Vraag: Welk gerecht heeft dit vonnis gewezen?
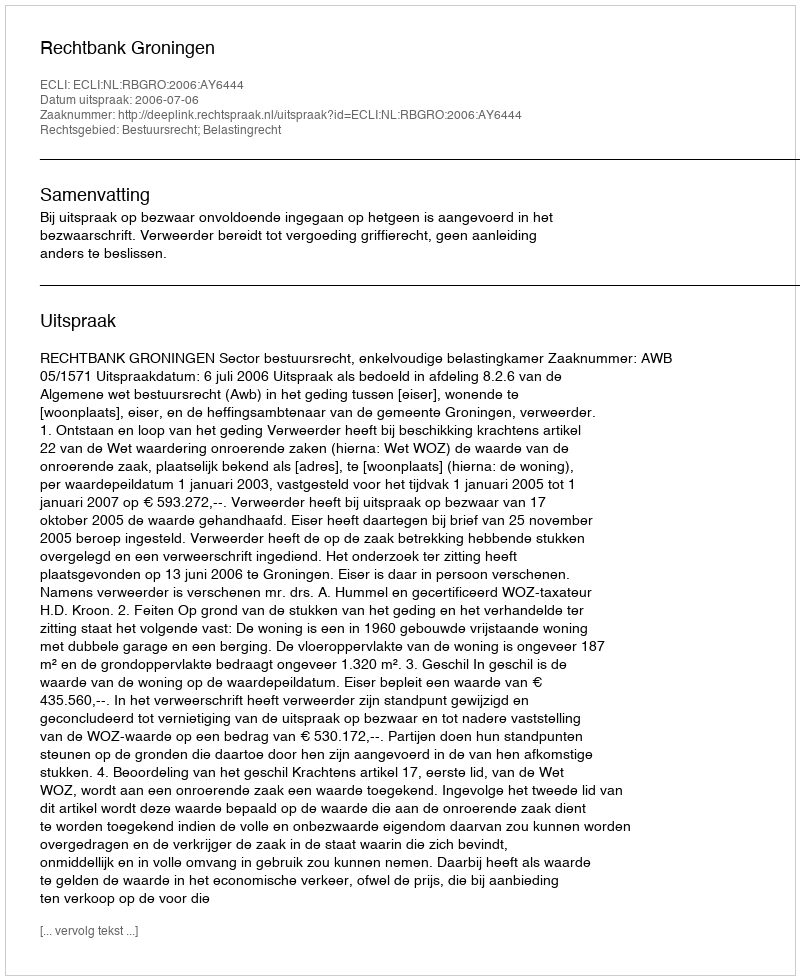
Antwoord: Rechtbank Groningen